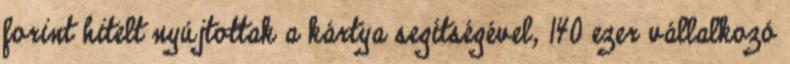
forint hitelt nyújtottak a kártya segítségével, 140 ezer vállalkozó